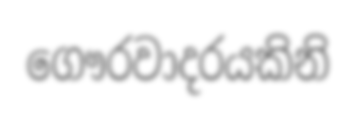
ගෞරවාදරයකිනි